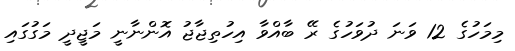
މިމަހުގެ 12 ވަނަ ދުވަހުގެ ރޭ ބާއްވާ އިހުތިޖާޖު އޮންނާނީ މަޖީދީ މަގުގައި